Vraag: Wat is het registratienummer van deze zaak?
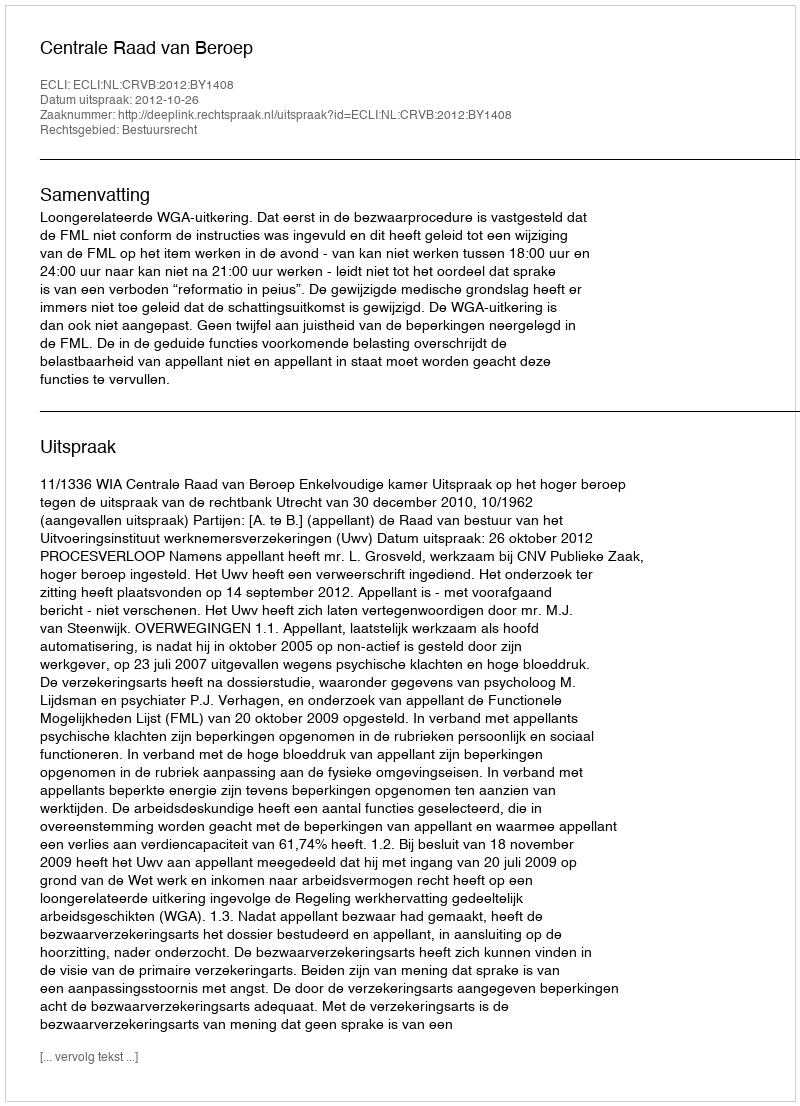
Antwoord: http://deeplink.rechtspraak.nl/uitspraak?id=ECLI:NL:CRVB:2012:BY1408